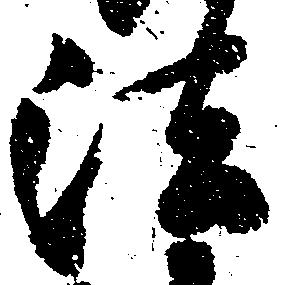
法